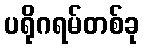
ပရိုဂရမ်တစ်ခု